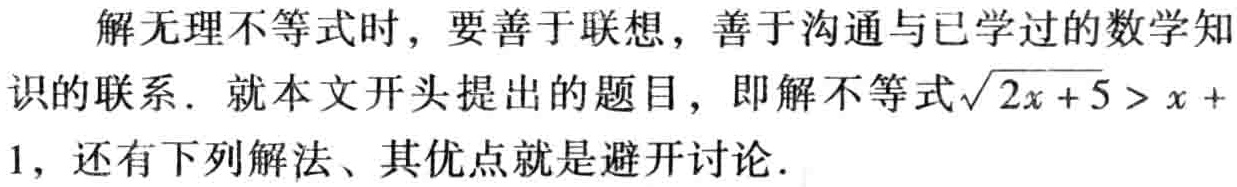
解无理不等式时，要善于联想，善于沟通与已学过的数学知识的联系. 就本文开头提出的题目，即解不等式\(\sqrt{2x + 5} > x + 1\)，还有下列解法、其优点就是避开讨论.